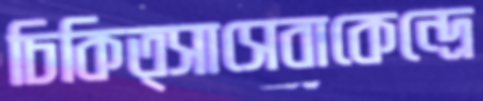
চিকিত্সাসেবাকেন্দ্রে